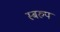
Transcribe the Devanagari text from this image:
स्बरुप